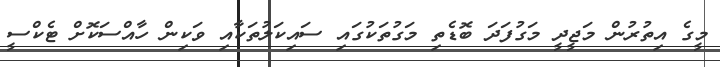
މީގެ އިތުރުން މަޖީދީ މަގުފަދަ ބޮޑެތި މަގުތަކުގައި ސައިކަލުތަކާއި ވަކިން ހާއްސަކޮށް ޓެކްސީ